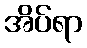
အိပ်ရာ